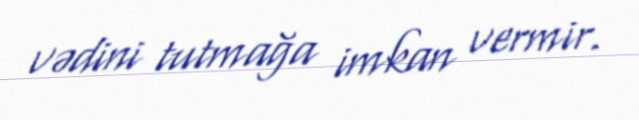
vədini tutmağa imkan vermir.